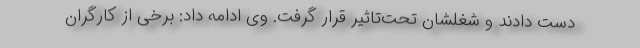
دست دادند و شغلشان تحت‌تاثیر قرار گرفت. وی ادامه داد: برخی از کارگران